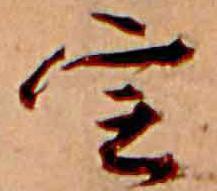
定